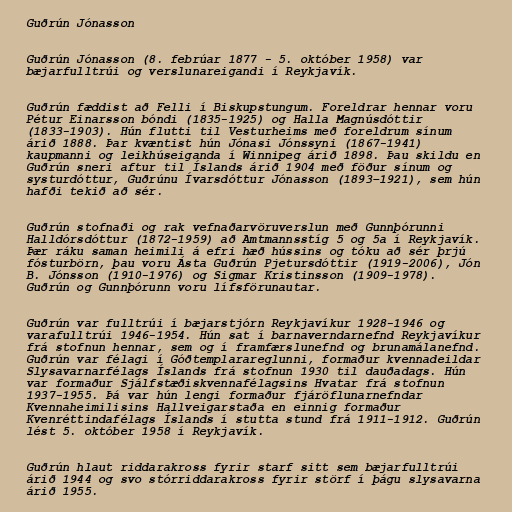
Guðrún Jónasson

Guðrún Jónasson (8. febrúar 1877 - 5. október 1958) var
bæjarfulltrúi og verslunareigandi í Reykjavík.

Guðrún fæddist að Felli í Biskupstungum. Foreldrar hennar voru
Pétur Einarsson bóndi (1835-1925) og Halla Magnúsdóttir
(1833-1903). Hún flutti til Vesturheims með foreldrum sínum
árið 1888. Þar kvæntist hún Jónasi Jónssyni (1867-1941)
kaupmanni og leikhúseiganda í Winnipeg árið 1898. Þau skildu en
Guðrún sneri aftur til Íslands árið 1904 með föður sínum og
systurdóttur, Guðrúnu Ívarsdóttur Jónasson (1893–1921), sem hún
hafði tekið að sér.

Guðrún stofnaði og rak vefnaðarvöruverslun með Gunnþórunni
Halldórsdóttur (1872-1959) að Amtmannsstíg 5 og 5a í Reykjavík.
Þær ráku saman heimili á efri hæð hússins og tóku að sér þrjú
fósturbörn, þau voru Ásta Guðrún Pjetursdóttir (1919-2006), Jón
B. Jónsson (1910-1976) og Sigmar Kristinsson (1909-1978).
Guðrún og Gunnþórunn voru lífsförunautar.

Guðrún var fulltrúi í bæjarstjórn Reykjavíkur 1928-1946 og
varafulltrúi 1946-1954. Hún sat í barnaverndarnefnd Reykjavíkur
frá stofnun hennar, sem og í framfærslunefnd og brunamálanefnd.
Guðrún var félagi í Góðtemplarareglunni, formaður kvennadeildar
Slysavarnarfélags Íslands frá stofnun 1930 til dauðadags. Hún
var formaður Sjálfstæðiskvennafélagsins Hvatar frá stofnun
1937-1955. Þá var hún lengi formaður fjáröflunarnefndar
Kvennaheimilisins Hallveigarstaða en einnig formaður
Kvenréttindafélags Íslands í stutta stund frá 1911-1912. Guðrún
lést 5. október 1958 í Reykjavík.

Guðrún hlaut riddarakross fyrir starf sitt sem bæjarfulltrúi
árið 1944 og svo stórriddarakross fyrir störf í þágu slysavarna
árið 1955.